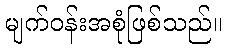
မျက်ဝန်းအစုံဖြစ်သည်။